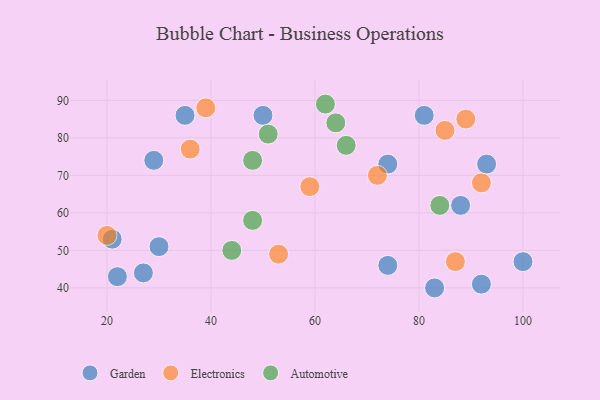
{"axis": {"x": "GDP", "y": "Life Expectancy"}, "legend": ["Automotive", "Electronics", "Garden"], "data": [{"x": "27", "y": 44, "type": "Garden"}, {"x": "92", "y": 41, "type": "Garden"}, {"x": "83", "y": 40, "type": "Garden"}, {"x": "22", "y": 43, "type": "Garden"}, {"x": "35", "y": 86, "type": "Garden"}, {"x": "29", "y": 74, "type": "Garden"}, {"x": "74", "y": 46, "type": "Garden"}, {"x": "30", "y": 51, "type": "Garden"}, {"x": "81", "y": 86, "type": "Garden"}, {"x": "50", "y": 86, "type": "Garden"}, {"x": "100", "y": 47, "type": "Garden"}, {"x": "21", "y": 53, "type": "Garden"}, {"x": "74", "y": 73, "type": "Garden"}, {"x": "93", "y": 73, "type": "Garden"}, {"x": "88", "y": 62, "type": "Garden"}, {"x": "39", "y": 88, "type": "Electronics"}, {"x": "20", "y": 54, "type": "Electronics"}, {"x": "36", "y": 77, "type": "Electronics"}, {"x": "92", "y": 68, "type": "Electronics"}, {"x": "53", "y": 49, "type": "Electronics"}, {"x": "89", "y": 85, "type": "Electronics"}, {"x": "72", "y": 70, "type": "Electronics"}, {"x": "87", "y": 47, "type": "Electronics"}, {"x": "85", "y": 82, "type": "Electronics"}, {"x": "59", "y": 67, "type": "Electronics"}, {"x": "51", "y": 81, "type": "Automotive"}, {"x": "62", "y": 89, "type": "Automotive"}, {"x": "84", "y": 62, "type": "Automotive"}, {"x": "66", "y": 78, "type": "Automotive"}, {"x": "64", "y": 84, "type": "Automotive"}, {"x": "48", "y": 58, "type": "Automotive"}, {"x": "48", "y": 74, "type": "Automotive"}, {"x": "44", "y": 50, "type": "Automotive"}]}